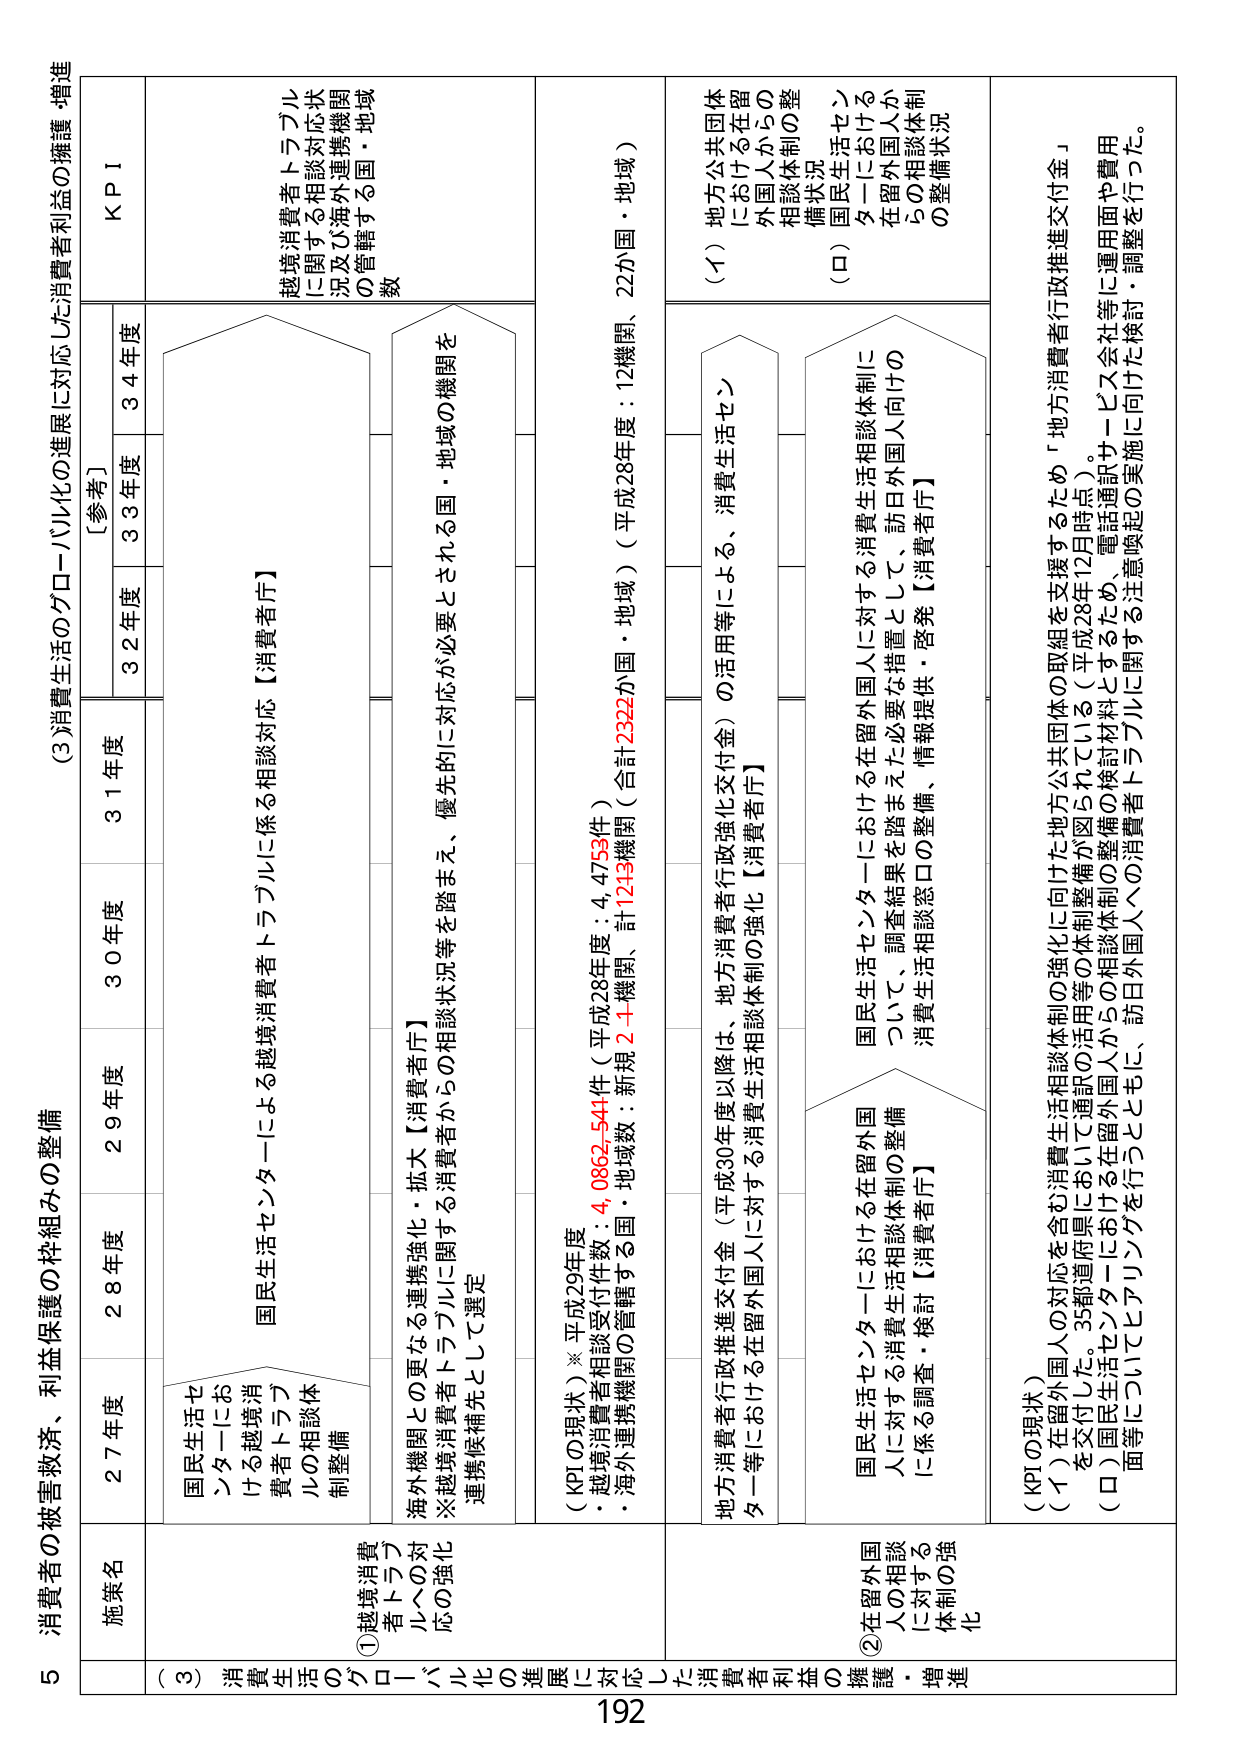
5 消費者の被害救済、利益保護の枠組みの整備

(3) 消費生活のグローバル化の進展に対応した消費者利益の擁護・増進

施策名
27年度
28年度
29年度
30年度
31年度
[参考]
32年度
33年度
34年度
KPI

(3) 消費生活のグローバル化の進展に対応した消費者利益の擁護・増進

①越境消費者トラブルへの対応の強化

国民生活センターによる越境消費者トラブルに係る相談対応【消費者庁】
国民生活センターにおける越境消費者トラブルの相談体制整備

海外機関との更なる連携強化・拡大【消費者庁】
※越境消費者トラブルに関する消費者からの相談状況等を踏まえ、優先的に対応が必要とされる国・地域の機関を連携候補先として選定

(KPIの現状)※平成29年度
・越境消費者相談受付件数：4,0862,541件（平成28年度：4,4753件）
・海外連携機関の管轄する国・地域数：新規2＋機関、計1213機関（合計2322か国・地域）（平成28年度：12機関、22か国・地域）

越境消費者トラブルに関する相談対応状況及び海外連携機関の管轄する国・地域数

②在留外国人の相談に対する体制の強化

地方消費者行政推進交付金（平成30年度以降は、地方消費者行政強化交付金）の活用等による、消費生活センター等における在留外国人に対する消費生活相談体制の強化【消費者庁】

国民生活センターにおける在留外国人に対する消費生活相談体制について、調査結果を踏まえた必要な措置として、訪日外国人向けの消費生活相談窓口の整備、情報提供・啓発【消費者庁】

(KPIの現状)
(イ) 在留外国人の対応を含む消費生活相談体制の強化に向けた地方公共団体の取組を支援するため「地方消費者行政推進交付金」を交付した。35都道府県において通訳の活用等の体制整備が図られている（平成28年12月時点）。
(ロ) 国民生活センターにおける在留外国人からの相談体制の検討材料とするため、電話通訳サービス会社等に運用面や費用面等についてヒアリングを行うとともに、訪日外国人への消費者トラブルに関する注意喚起の実施に向けた検討・調整を行った。

(イ) 地方公共団体における在留外国人からの相談体制の整備状況
(ロ) 国民生活センターにおける在留外国人からの相談体制の整備状況

192